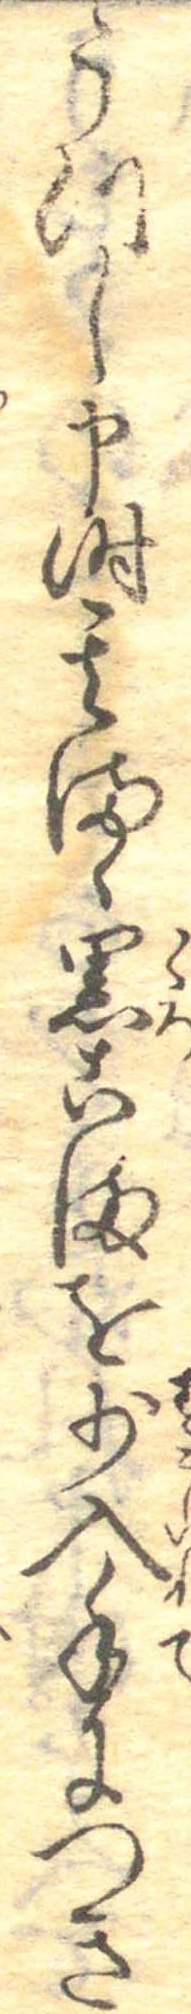
うつし申時其まゝ黒こまを少入手につき